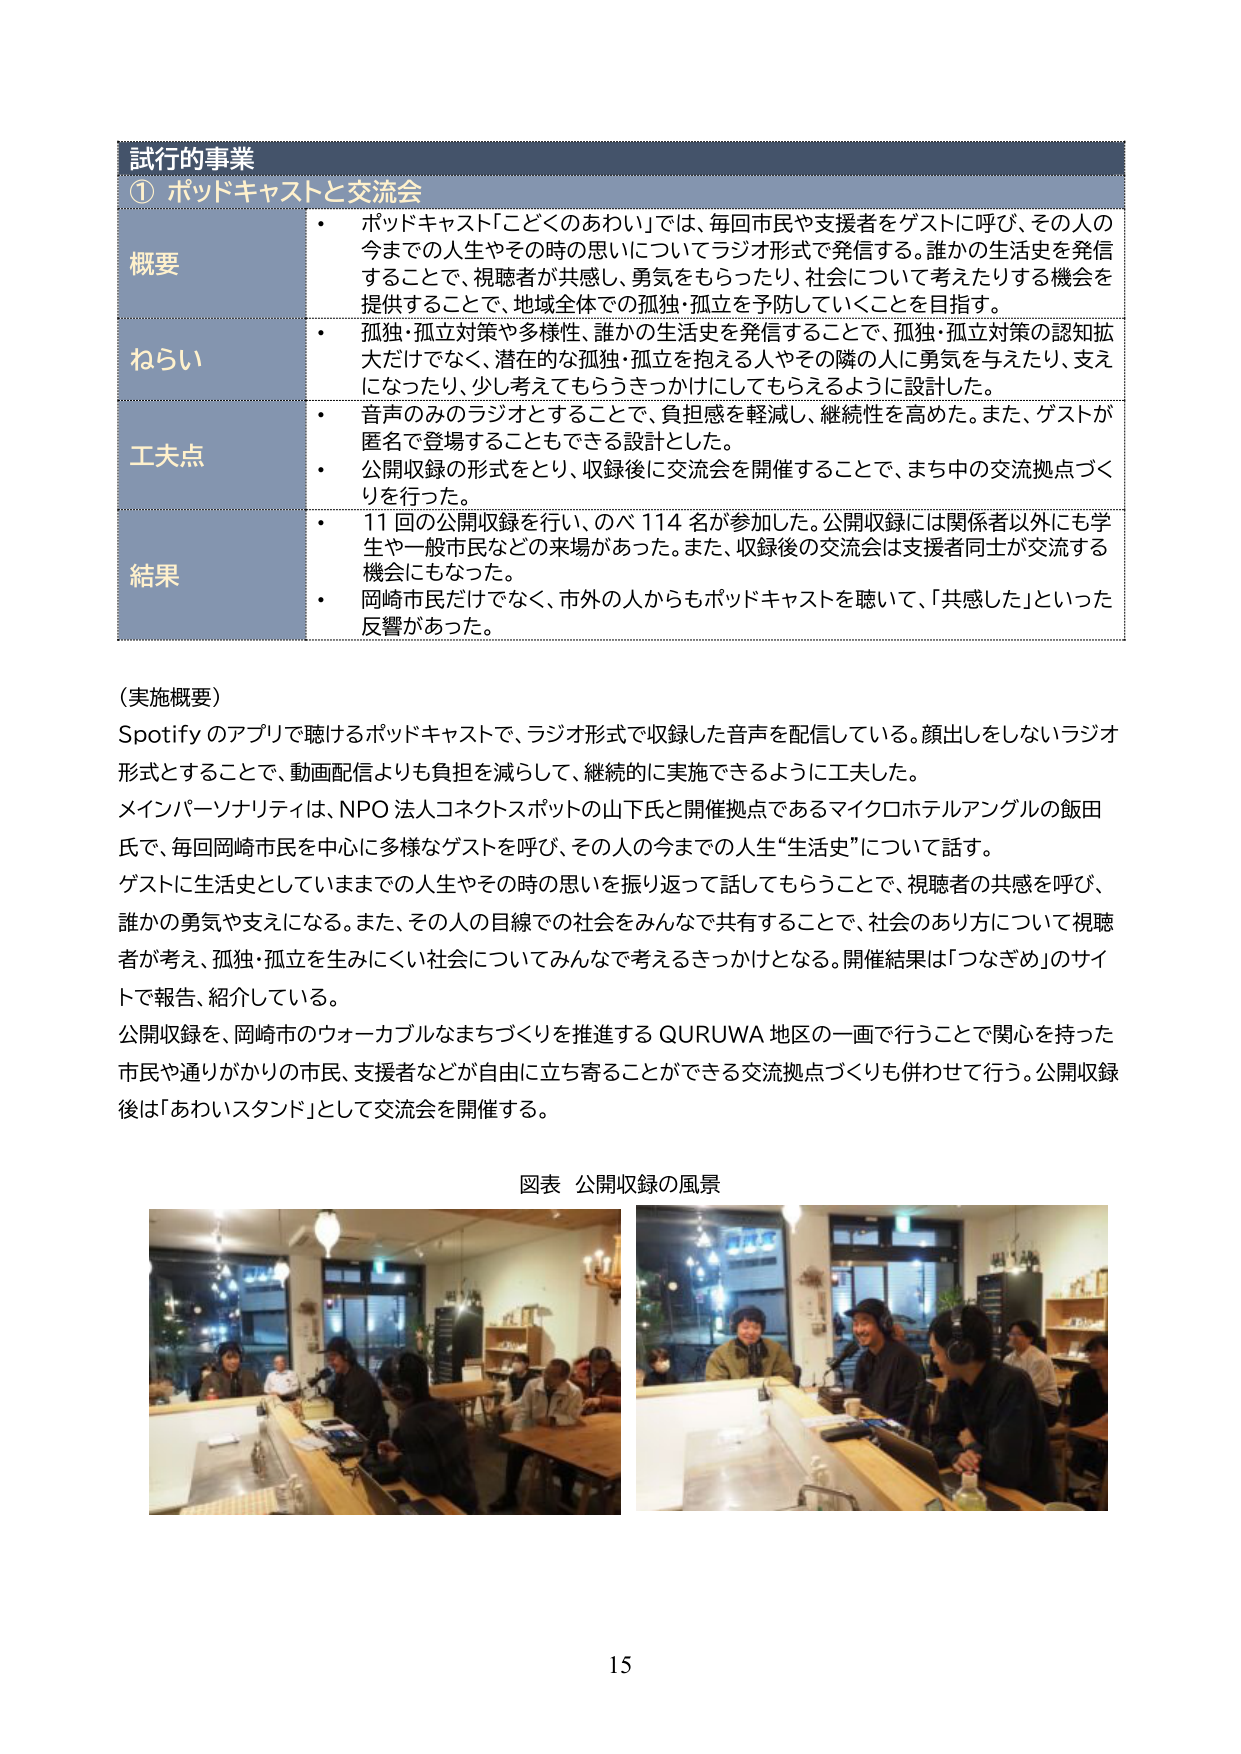
試行の事業
① ポッドキャストと交流会

概要
・ ポッドキャスト「こどくのあわい」では、毎回市民や支援者をゲストに呼び、その人の今までの人生やその時の思いについてラジオ形式で発信する。誰かの生活史を発信することで、視聴者が共感し、勇気をもらったり、社会について考えたりする機会を提供することで、地域全体での孤独・孤立を予防していくことを目指す。
・ 孤独・孤立対策や多様性、誰かの生活史を発信することで、孤独・孤立対策の認知拡大だけでなく、潜在的な孤独・孤立を抱える人やその隣の人に勇気を与えたり、支えになったり、少し考えてもらうきっかけにしてもらえるように設計した。

ねらい
・ 音声のみのラジオとすることで、負担感を軽減し、継続性を高めた。また、ゲストが匿名で登場することもできる設計とした。
・ 公開収録の形式をとり、収録後に交流会を開催することで、まち中の交流拠点づくりを行った。

工夫点
・ 11回の公開収録を行い、のべ114名が参加した。公開収録には関係者以外にも学生や一般市民などの来場があった。また、収録後の交流会は支援者同士が交流する機会にもなった。
・ 岡崎市民だけでなく、市外の人からもポッドキャストを聴いて、「共感した」といった反響があった。

結果

（実施概要）
Spotifyのアプリで聴けるポッドキャストで、ラジオ形式で収録した音声を配信している。顔出しをしないラジオ形式とすることで、動画配信よりも負担を減らして、継続的に実施できるように工夫した。
メインパーソナリティは、NPO法人コネクトスポットの山下氏と開催拠点であるマイクロホテルアンゲルの飯田氏で、毎回岡崎市民を中心に多様なゲストを呼び、その人の今までの人生“生活史”について話す。
ゲストに生活史としていままでの人生やその時の思いを振り返って話してもらうことで、視聴者の共感を呼び、誰かの勇気や支えになる。また、その人の目線での社会をみんなで共有することで、社会のあり方について視聴者が考え、孤独・孤立を生みにくい社会についてみんなで考えるきっかけとなる。開催結果は「つなぎめ」のサイトで報告、紹介している。
公開収録を、岡崎市のウォーカブルなまちづくりを推進するQURUWA地区の一画で行うことで関心を持った市民や通りがかりの市民、支援者などが自由に立ち寄ることができる交流拠点づくりも併わせて行う。公開収録後は「あわいスタンド」として交流会を開催する。

図表 公開収録の風景

15